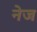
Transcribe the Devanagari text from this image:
नेज